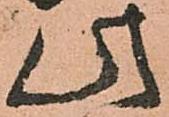
此